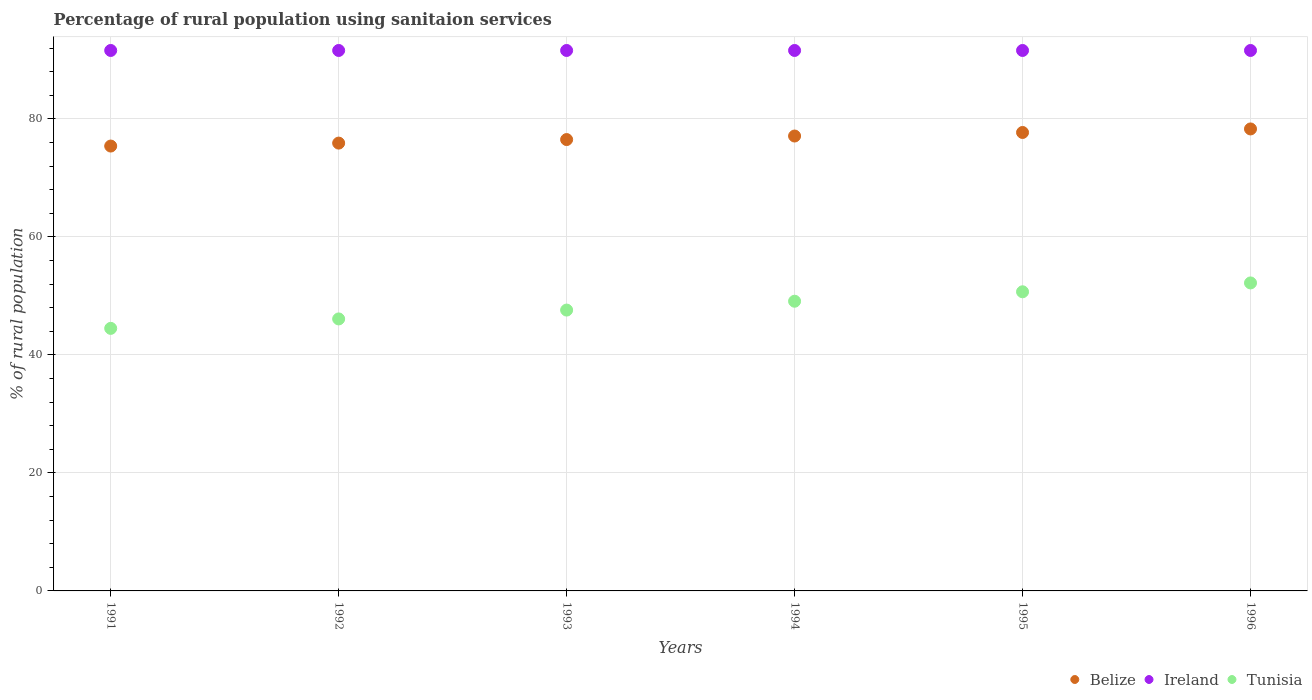
| Years | Belize | Ireland | Tunisia |
 | --- | --- | --- | --- |
 | 1991 | 75.4 | 91.6 | 44.5 |
 | 1992 | 75.9 | 91.6 | 46.1 |
 | 1993 | 76.5 | 91.6 | 47.6 |
 | 1994 | 77.1 | 91.6 | 49.1 |
 | 1995 | 77.7 | 91.6 | 50.7 |
 | 1996 | 78.3 | 91.6 | 52.2 |